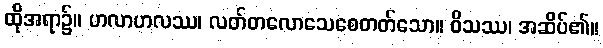
ထိုအရာ၌။ ဟလာဟလဿ၊ လတ်တလောသေစေတတ်သော။ ဝိသဿ၊ အဆိပ်၏။